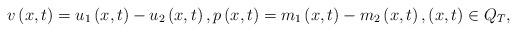
LaTeX: \begin{align*}v\left( x,t\right) =u_{1}\left( x,t\right) -u_{2}\left( x,t\right) ,p\left( x,t\right) =m_{1}\left( x,t\right) -m_{2}\left( x,t\right) ,\left(x,t\right) \in Q_{T}, \end{align*}